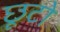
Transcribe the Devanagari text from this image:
छूटो